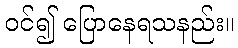
ဝင်၍ ပြောနေရသနည်း။